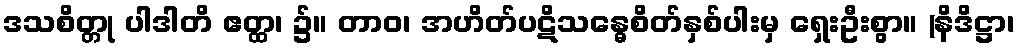
ဒသစိတ္တု ပါဒါတိ ဧတ္ထ၊ ၌။ တာဝ၊ အဟိတ်ပဋိသန္ဓေစိတ်နှစ်ပါးမှ ရှေးဦးစွာ။ (နိဒိဋ္ဌာ၊